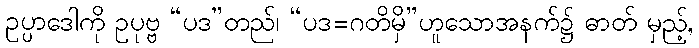
ဥပ္ပာဒေါကို ဥပုဗ္ဗ “ပဒ”တည်၊ “ပဒ=ဂတိမှိ”ဟူသောအနက်၌ ဓာတ် မှည့်,